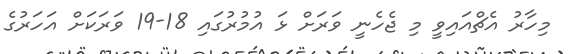
މިހާރު އެޗްއައިވީ މި ޖެހެނީ ވަރަށް ޅަ އުމުރުގައި 18-19 ވަރަކަށް އަހަރުގެ